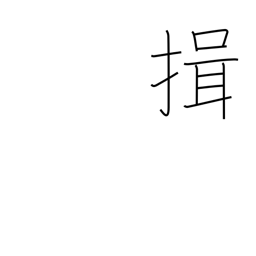
Meaning: bow with arms folded